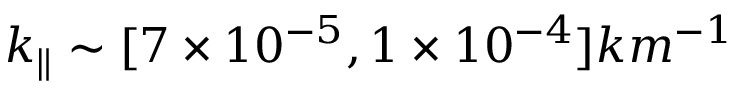
k _ { \parallel } \sim [ 7 \times 1 0 ^ { - 5 } , 1 \times 1 0 ^ { - 4 } ] k m ^ { - 1 }